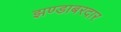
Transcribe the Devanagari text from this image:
झण्डाबरदार